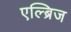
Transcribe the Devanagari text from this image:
एल्ब्रिज